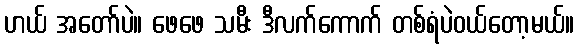
ဟယ် အတော်ပဲ။ ဖေဖေ သမီး ဒီလက်ကောက် တစ်ရံပဲဝယ်တော့မယ်။